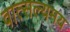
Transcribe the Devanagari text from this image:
वात्सल्यमय